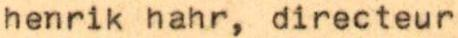
henrik hahr, directeur